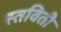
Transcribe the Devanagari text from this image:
स्तविती